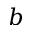
b